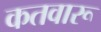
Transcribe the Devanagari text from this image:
कतवारू